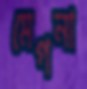
মেগনা